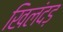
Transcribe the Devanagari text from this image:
खिलंदड़